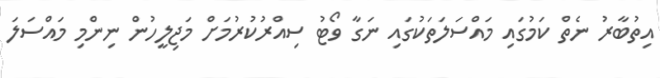
އިތުބާރު ނެތް ކަމުގައި މައްސަލަތަކުގައި ނަގާ ވޯޓު ސިއްރުކުރުމަށް މަޖިލީހުން ނިންމި މައްސަލަ